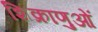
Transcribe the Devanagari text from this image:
शिक्राणुओं